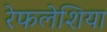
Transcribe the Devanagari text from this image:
रेफलेशिया